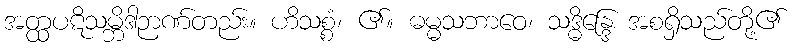
အတ္ထပဋိသမ္ဘိဒါဉာဏ်တည်း။ ဟိသစ္စံ၊ ၏။ ဓမ္မသဘာဝေ၊ သဒ္ဓိန္ဒြေ အစရှိသည်တို့၏